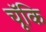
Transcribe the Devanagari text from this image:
चॅूकि